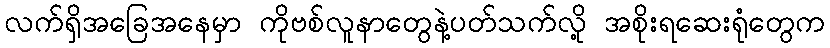
လက်ရှိအခြေအနေမှာ ကိုဗစ်လူနာတွေနဲ့ပတ်သက်လို့ အစိုးရဆေးရုံတွေက